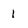
Character: 1